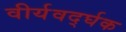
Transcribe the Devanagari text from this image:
वीर्यवर्द्घक